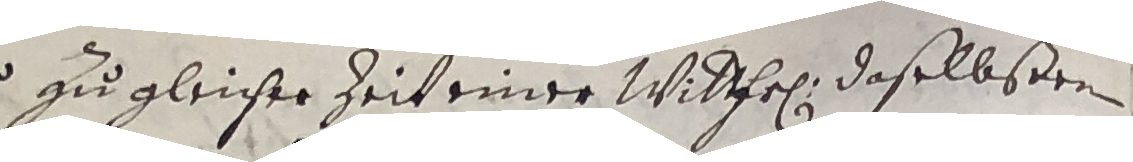
15 zu gleicher zeit einer witthrl daselbsten